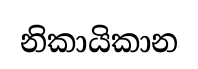
නිකායිකාන